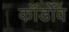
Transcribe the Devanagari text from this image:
कॉर्डोव